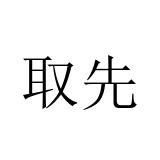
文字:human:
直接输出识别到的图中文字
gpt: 取先